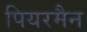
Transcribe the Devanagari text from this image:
पियरमैन